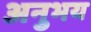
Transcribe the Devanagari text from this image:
अनुभय